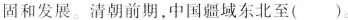
固和发展。清朝前期，中国疆域东北至( )。